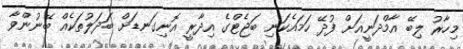
މިހާރު ލިބޭ އާމްދަނީއަށް ފުދޭ ހަމައެކަނި ބަޖެޓްގެ އިދާރީ އޮނިގަނޑަށް ބަދަލުތަކެއް ބޭނުންވާ